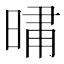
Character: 𭦦